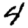
Digit: 4